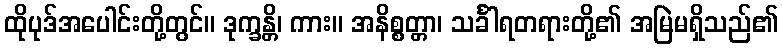
ထိုပုဒ်အပေါင်းတို့တွင်။ ဒုက္ခန္တိ၊ ကား။ အနိစ္စတ္တာ၊ သင်္ခါရတရားတို့၏ အမြဲမရှိသည်၏